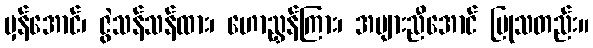
မှန်အောင်၊ ဇွဲသန်သန်ထား၊ ဟောညွှန်ကြား၊ အများညီအောင် ပြုသတည်း။